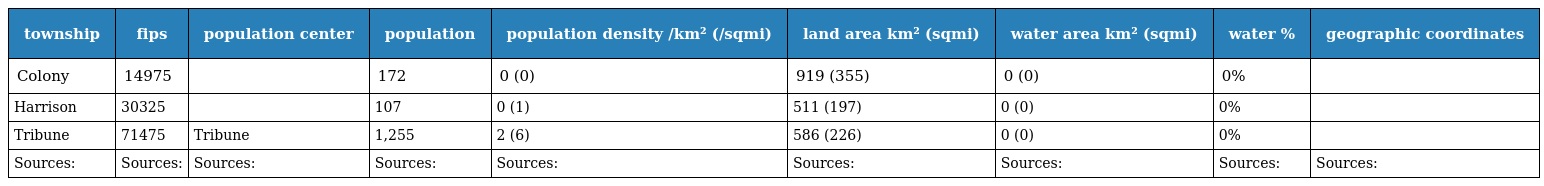
| township | fips | population center | population | population density /km² (/sqmi) | land area km² (sqmi) | water area km² (sqmi) | water % | geographic coordinates |
 | --- | --- | --- | --- | --- | --- | --- | --- | --- |
 | Colony | 14975 |  | 172 | 0 (0) | 919 (355) | 0 (0) | 0% |  |
 | Harrison | 30325 |  | 107 | 0 (1) | 511 (197) | 0 (0) | 0% |  |
 | Tribune | 71475 | Tribune | 1,255 | 2 (6) | 586 (226) | 0 (0) | 0% |  |
 | Sources: | Sources: | Sources: | Sources: | Sources: | Sources: | Sources: | Sources: | Sources: |